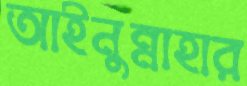
আইনুন্নাহার